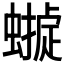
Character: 𧑺